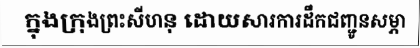
ក្នុងក្រុងព្រះសីហនុ ដោយសារការដឹកជញ្ជូនសម្ភា